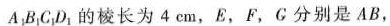
A_{1}B_{1}C_{1}D_{1}的棱长为4cm，E，F，G分别是AB，